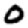
Digit: 0